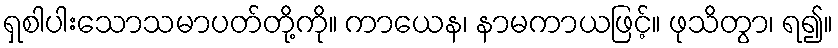
ရှစါပါးသောသမာပတ်တို့ကို။ ကာယေန၊ နာမကာယဖြင့်။ ဖုသိတွာ၊ ရ၍။